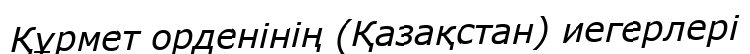
Құрмет орденінің (Қазақстан) иегерлері